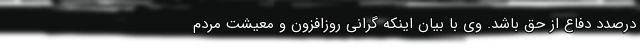
درصدد دفاع از حق باشد. وی با بیان اینکه گرانی روزافزون و معیشت مردم